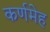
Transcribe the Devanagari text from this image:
कर्णमेह